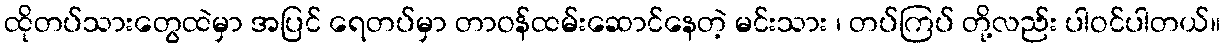
ထိုတပ်သားတွေထဲမှာ အပြင် ရေတပ်မှာ တာဝန်ထမ်းဆောင်နေတဲ့ မင်းသား ၊ တပ်ကြပ် တို့လည်း ပါဝင်ပါတယ်။